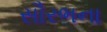
સૌરભના